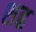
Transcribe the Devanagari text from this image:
शह्र